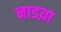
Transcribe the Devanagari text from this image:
नाडय़ा